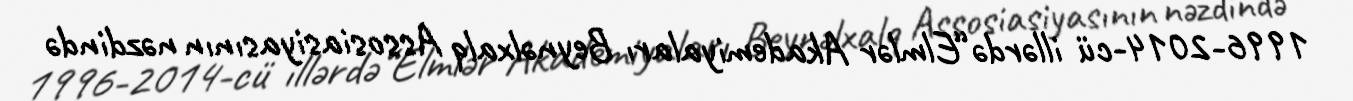
1996-2014-cü illərdə“Elmlər Akademiyaları Beynəlxalq Assosiasiyasının nəzdində